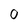
Character: 0